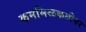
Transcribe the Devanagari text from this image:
कममिळकतीवर